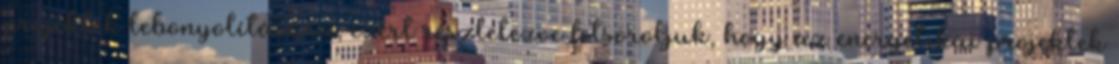
projektek lebonyolítására, ezért részletezve felsoroljuk, hogy az energetikai projektek